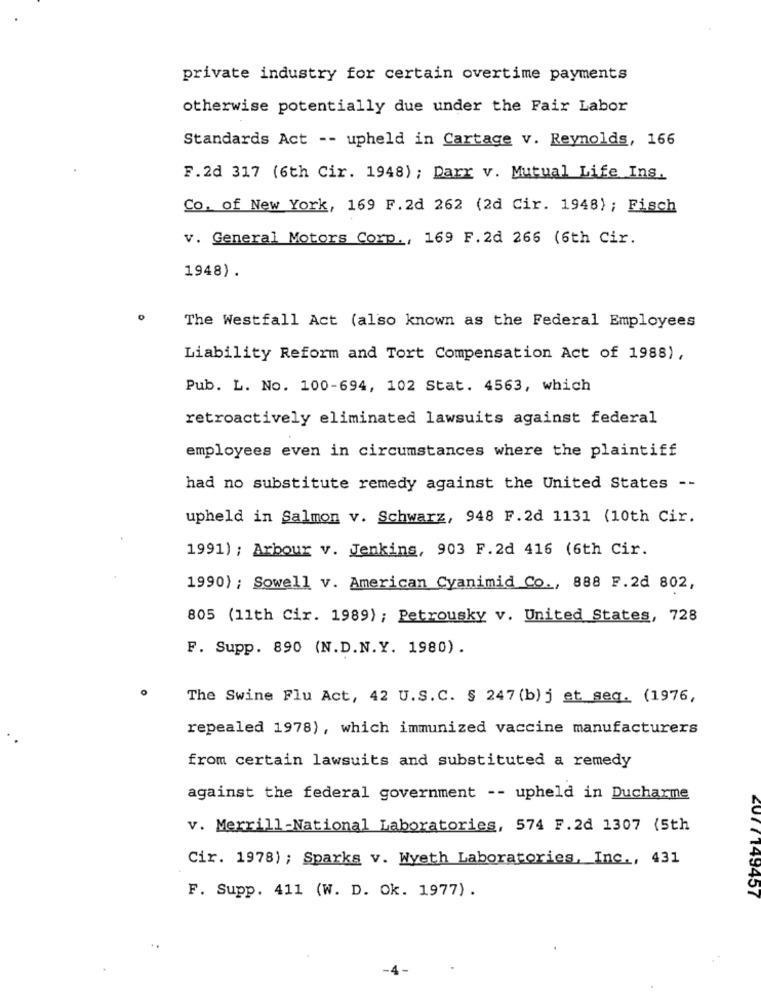
private industry for certain overtime payments
otherwise potentially due under the Fair Labor
Standards Act -- upheld in Cartage v. Reynolds, 166
F.2d 317 (6th Cir. 1948) ; Darr v. Mutual Life Ins.
Co. of New York, 169 F.2d 262 (2d Cir. 1948) ; Fisch
v. General Motors Corp ., 169 F.2d 266 (6th Cir.
1948).
The Westfall Act (also known as the Federal Employees
Liability Reform and Tort Compensation Act of 1988),
Pub. L. No. 100-694, 102 Stat. 4563, which
retroactively eliminated lawsuits against federal
employees even in circumstances where the plaintiff
had no substitute remedy against the United States --
upheld in Salmon v. Schwarz, 948 F.2d 1131 (10th Cir.
1991) ; Arbour v. Jenkins, 903 F.2d 416 (6th Cir.
1990) ; Sowell v. American Cyanimid Co ., 888 F.2d 802,
805 (11th Cir. 1989) ; Petrousky v. United States, 728
F. Supp. 890 (N.D.N.Y. 1980).
The Swine Flu Act, 42 U.S.C. § 247 (b) j et seq. (1976,
repealed 1978), which immunized vaccine manufacturers
from certain lawsuits and substituted a remedy
against the federal government -- upheld in Ducharme
v. Merrill-National Laboratories, 574 F.2d 1307 (5th
Cir. 1978) ; Sparks v. Wyeth Laboratories, Inc ., 431
F. Supp. 411 (W. D. Ok. 1977).
2017149457